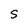
Character: S